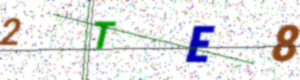
Text: 2TE8